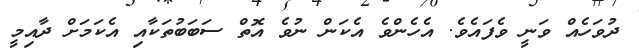
ދުވަހެއް ވަނީ ވެފައެވެ. އެހެންވެ އެކަން ނުވެ އޮތް ސަބަބުތަކާއި އެކަމަށް ދާއިމީ